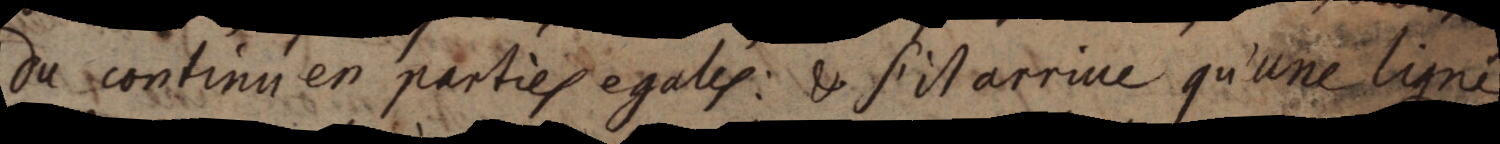
du continu en parties egales: & s’il arrive qu’une ligne